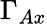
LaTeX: \Gamma_{Ax}